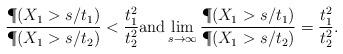
LaTeX: \begin{align*}\frac{\P(X_1>s/t_1)}{\P(X_1>s/t_2)}< \frac{t_1^2}{t_2^2}\textrm{and}\lim_{s\to \infty}\frac{\P(X_1>s/t_1)}{\P(X_1>s/t_2)}=\frac{t_1^2}{t_2^2}.\end{align*}